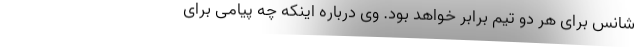
شانس برای هر دو تیم برابر خواهد بود. وی درباره اینکه چه پیامی برای